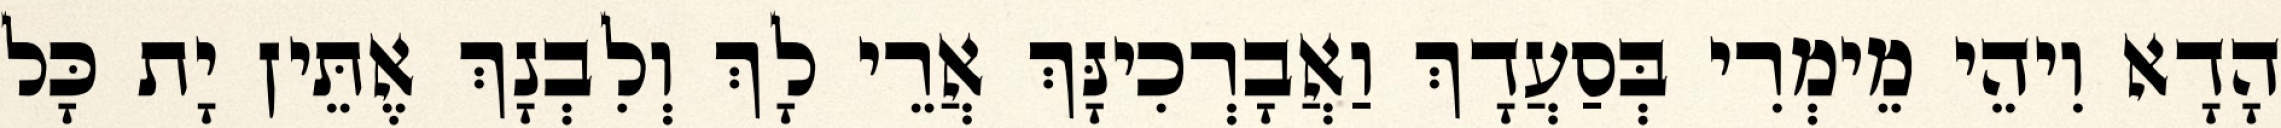
הָדָא וִיהֵי מֵימְרִי בְּסַעֲדָךְ וַאֲבָרְכִינָּךְ אֲרֵי לָךְ וְלִבְנָךְ אֶתֵּין יָת כָּל